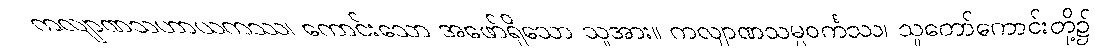
ကလျာဏသဟာယကဿ၊ ကောင်းသော အဖော်ရှိသော သူအား။ ကလျာဏသမ္ပဝင်္ကဿ၊ သူတော်ကောင်းတို့၌